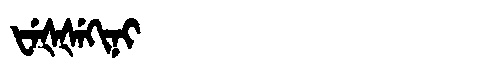
Manchu: ᡶᡝᡧᡧᡝᡴᡳᠨᡳ
Romanization: FEŠŠEKINI